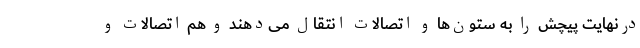
درنهایت پیچش را به ستون‌ها و اتصالات انتقال می‌دهند و هم اتصالات و